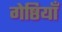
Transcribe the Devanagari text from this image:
गेष्ठियाँ